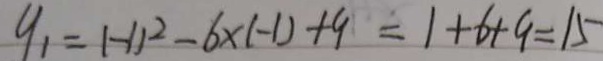
y _ { 1 } = ( - 1 ) ^ { 2 } - 6 \times ( - 1 ) + 9 = 1 + 6 + 9 = 1 5